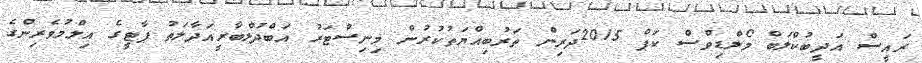
ރައީސް އަދީބުކްލަބް މޯލްޑިވްސް ކަޕް 2015ދަރިން ތަރުބިއްޔަތުކުރުން މިނިސްޓަރު އަބްދުލްބާރީއަދާލަތު ޕާޓީގެ އިލްމުވެރިންގެ